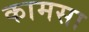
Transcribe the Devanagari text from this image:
कामसा